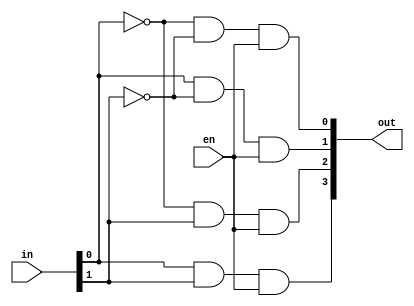

module decoder2to4(in,en,out);

    input [1:0] in;
	 input en;
	 output [3:0] out;
	 wire [1:0] not_in;
	 
	 not not1(not_in[0],in[0]);
	 not not2(not_in[1],in[1]);
	 and and1(out[3],in[0],in[1],en);
	 and and2(out[2],not_in[0],in[1],en);
	 and and3(out[1],in[0],not_in[1],en);
	 and and4(out[0],not_in[0],not_in[1],en);
	 
endmodule


module decoder3to8(in,en,out);

    input [2:0] in;
	 input en;
	 output [7:0] out;
	 wire not_in2,en1,en2;
	 
	 and and5(en2,en,in[2]);
	 decoder2to4 d1(in[1:0],en2,out[7:4]);
	 not not3(not_in2,in[2]);
	 and and6(en1,en,not_in2);
	 decoder2to4 d2(in[1:0],en1,out[3:0]);	 

endmodule


module decoder5to32(in,out);

    input [4:0] in;
    output [31:0] out;
    wire [3:0] en;
	 
	 decoder2to4 d3(in[4:3],1'd1,en[3:0]);
	 decoder3to8 d4(in[2:0],en[0],out[7:0]);
	 decoder3to8 d5(in[2:0],en[1],out[15:8]);
	 decoder3to8 d6(in[2:0],en[2],out[23:16]);
	 decoder3to8 d7(in[2:0],en[3],out[31:24]);

endmodule